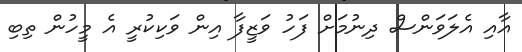
އާއި އެލަވަންސް ދިނުމަށް ފަހު ވަޒީފާ އިން ވަކިކުރީ އެ މީހުން ތިބި